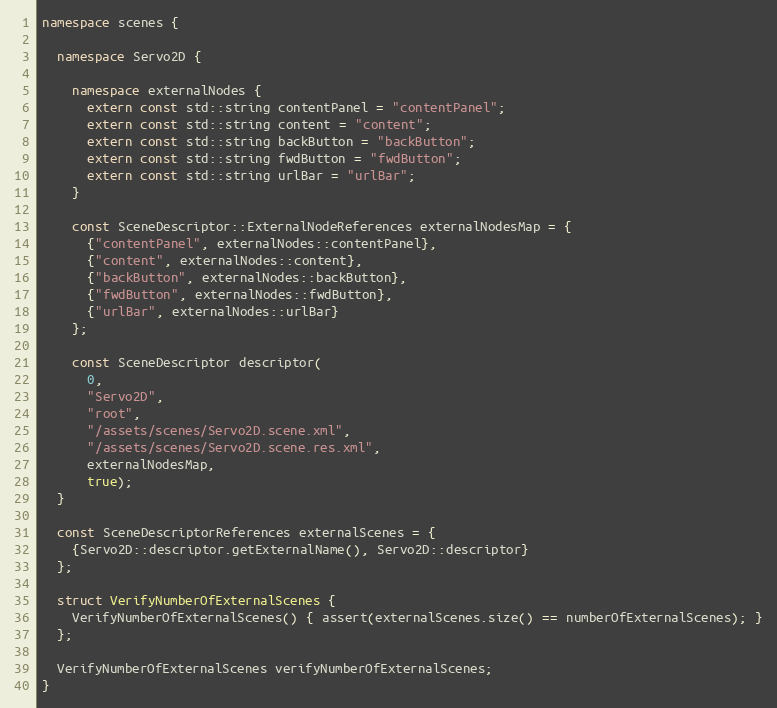
Language: C++
namespace scenes {

  namespace Servo2D {

    namespace externalNodes {
      extern const std::string contentPanel = "contentPanel";
      extern const std::string content = "content";
      extern const std::string backButton = "backButton";
      extern const std::string fwdButton = "fwdButton";
      extern const std::string urlBar = "urlBar";
    }

    const SceneDescriptor::ExternalNodeReferences externalNodesMap = {
      {"contentPanel", externalNodes::contentPanel},
      {"content", externalNodes::content},
      {"backButton", externalNodes::backButton},
      {"fwdButton", externalNodes::fwdButton},
      {"urlBar", externalNodes::urlBar}
    };

    const SceneDescriptor descriptor(
      0,
      "Servo2D",
      "root",
      "/assets/scenes/Servo2D.scene.xml",
      "/assets/scenes/Servo2D.scene.res.xml",
      externalNodesMap,
      true);
  }

  const SceneDescriptorReferences externalScenes = {
    {Servo2D::descriptor.getExternalName(), Servo2D::descriptor}
  };

  struct VerifyNumberOfExternalScenes {
    VerifyNumberOfExternalScenes() { assert(externalScenes.size() == numberOfExternalScenes); }
  };

  VerifyNumberOfExternalScenes verifyNumberOfExternalScenes;
}